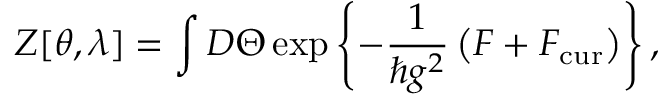
Z [ \theta , \lambda ] = \int { \cal D } \Theta \exp \left\{ - \frac { 1 } { \hbar g ^ { 2 } } \left( { \cal F } + { \cal F } _ { \mathrm { c u r } } \right) \right\} ,